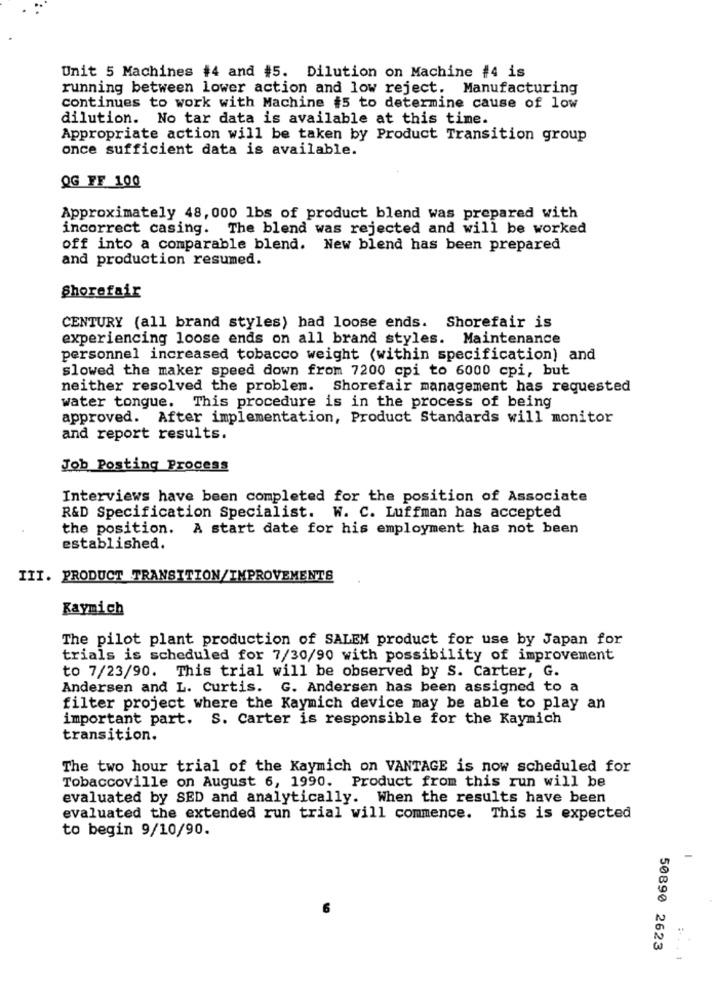
Unit 5 Machines #4 and #5. Dilution on Machine #4 is
running between lower action and low reject. Manufacturing
continues to work with Machine #5 to determine cause of low
dilution. No tar data is available at this time.
Appropriate action will be taken by Product Transition group
once sufficient data is available.
QG FF 100
Approximately 48, 000 1bs of product blend was prepared with
incorrect casing. The blend was rejected and will be worked
off into a comparable blend. New blend has been prepared
and production resumed.
Shorefair
CENTURY (all brand styles) had loose ends. Shorefair is
experiencing loose ends on all brand styles. Maintenance
personnel increased tobacco weight (within specification) and
slowed the maker speed down from 7200 cpi to 6000 cpi, but
neither resolved the problem. Shorefair management has requested
water tongue. This procedure is in the process of being
approved. After implementation, Product Standards will monitor
and report results.
Job Posting Process
Interviews have been completed for the position of Associate
R&D Specification Specialist. W. C. Luffman has accepted
the position. A start date for his employment has not been
established.
III. PRODUCT TRANSITION/IMPROVEMENTS
Kaymich
The pilot plant production of SALEM product for use by Japan for
trials is scheduled for 7/30/90 with possibility of improvement
to 7/23/90. This trial will be observed by S. Carter, G.
Andersen and L. Curtis. G. Andersen has been assigned to a
filter project where the Kaymich device may be able to play an
important part. S. Carter is responsible for the Kaymich
transition.
The two hour trial of the Kaymich on VANTAGE is now scheduled for
Tobaccoville on August 6, 1990. Product from this run will be
evaluated by SED and analytically. When the results have been
evaluated the extended run trial will commence. This is expected
to begin 9/10/90.
-
50890 2623